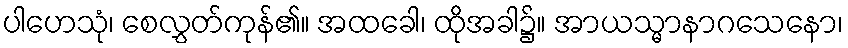
ပါဟေသုံ၊ စေလွှတ်ကုန်၏။ အထခေါ၊ ထိုအခါ၌။ အာယသ္မာနာဂသေနော၊